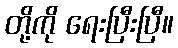
တို့ကို ရေးပြီးပြီ။